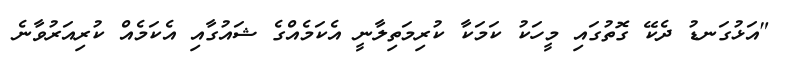
"އަޅުގަނޑު ދެކޭ ގޮތުގައި މީހަކު ކަމަކާ ކުރިމަތިލާނީ އެކަމެއްގެ ޝައުގާއި އެކަމެއް ކުރިއަރުވާނެ